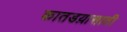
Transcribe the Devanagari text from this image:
कातडय़ासाठी